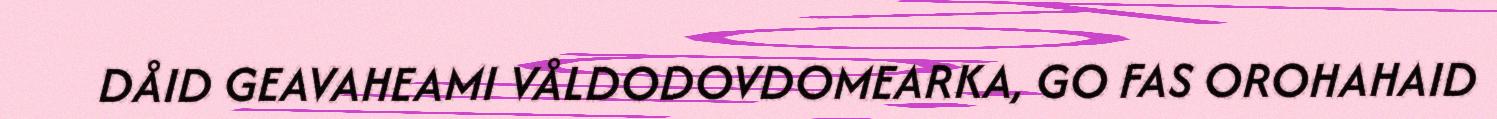
DÅID GEAVAHEAMI VÅLDODOVDOMEARKA, GO FAS OROHAHAID